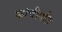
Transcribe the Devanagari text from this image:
कांचीपति